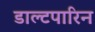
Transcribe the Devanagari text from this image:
डाल्टपारिन